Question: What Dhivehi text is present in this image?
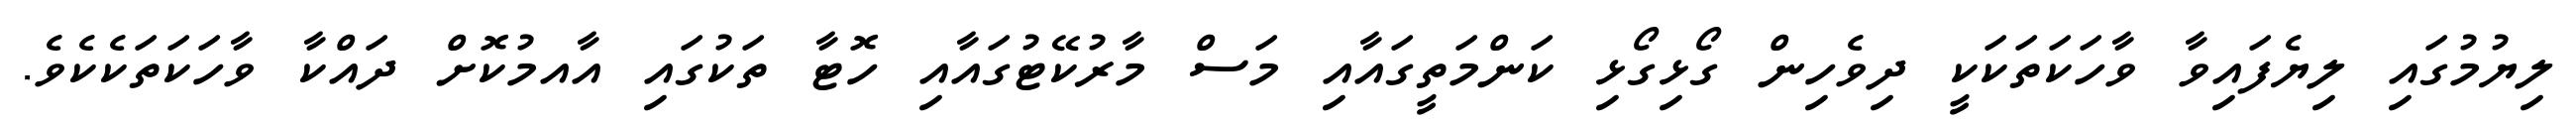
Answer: ލިޔުމުގައި ލިޔެފައިވާ ވާހަކަތަކަކީ ދިވެހިން ގޯޅިގޯޅި ކަންމަތީގައާއި މަސް މާރުކޭޓުގައާއި ހޮޓާ ތަކުގައި އާއމުކޮށް ދައްކާ ވާހަކަތަކެކެވެ.